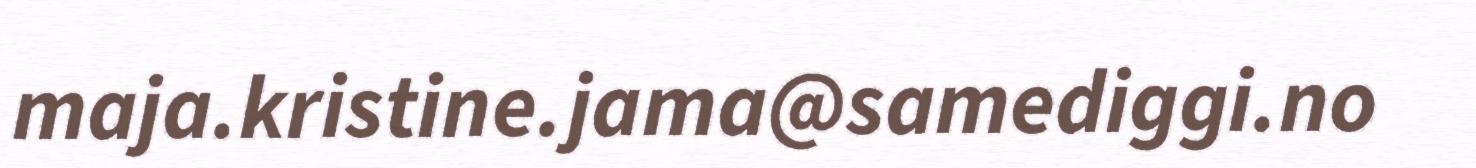
maja.kristine.jama@samediggi.no